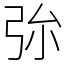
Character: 㢱